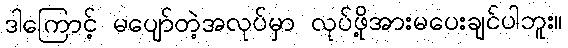
ဒါကြောင့် မပျော်တဲ့အလုပ်မှာ လုပ်ဖို့အားမပေးချင်ပါဘူး။